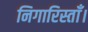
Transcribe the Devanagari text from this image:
निगारिस्ताँ।